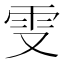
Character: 𠭍